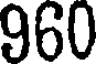
960